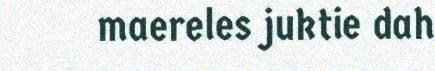
maereles juktie dah